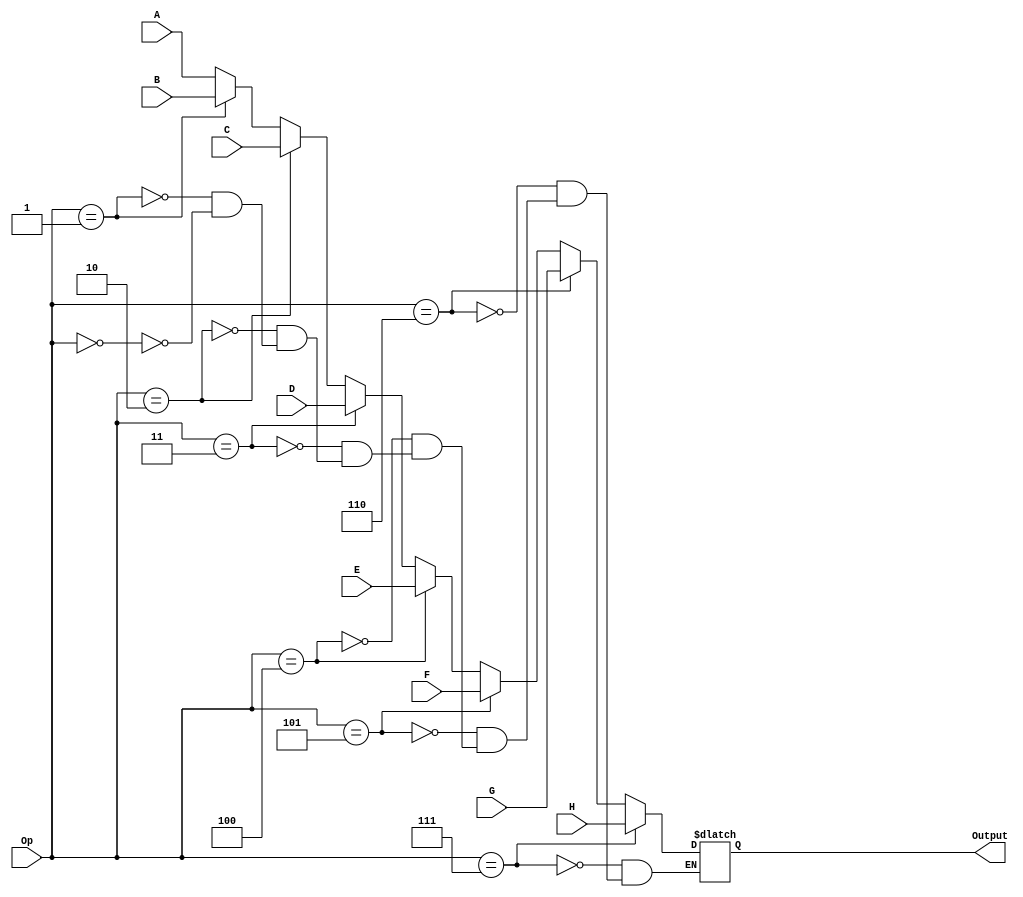
`timescale 1ns / 1ps
//////////////////////////////////////////////////////////////////////////////////
// Company: 
// Engineer: 
// 
// Design Name: 
// Module Name:    MUX8_1 
// Project Name: 
// Target Devices: 
// Tool versions: 
// Description: 
//
// Dependencies: 
//
// Revision: 
// Revision 0.01 - File Created
// Additional Comments: 
//
//////////////////////////////////////////////////////////////////////////////////
module MUX8_1(
    
    input [15:0] A,
    input [15:0] B,
    input [15:0] C,
    input [15:0] D,
    input [15:0] E,
    input [15:0] F,
    input [15:0] G,
    input [15:0] H,
    input [2:0] Op,
    output [15:0] Output
    );

reg [15:0] out;
	 assign Output = out;
always @ (*) begin
	if (Op == 0)
	out = A;
	
	if (Op == 1)
	out = B;
	
	if (Op == 2)
	out = C;
	
	if (Op == 3)
	out = D;
	
	if (Op == 4)
	out = E;
	
	if (Op == 5)
	out = F;
	
	if (Op == 6)
	out = G;
	
	if (Op == 7)
	out = H;
	end




endmodule